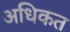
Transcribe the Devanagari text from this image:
अधिकत